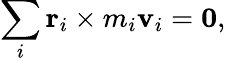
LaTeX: \sum_{i}\mathbf{r}_{i}\times m_{i}\mathbf{v}_{i}=\mathbf{0},